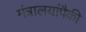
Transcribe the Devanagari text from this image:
मंत्रालयांपैकी